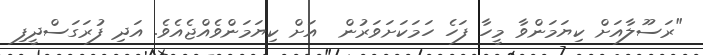
"ރަސޫލާއަށް ކިޔަމަންވާ މީހާ ފަހެ ހަމަކަށަވަރުން  އަށް ކިޔަމަންވެއްޖެއެެވެ. އަދި ފުރަގަސްދީފި